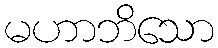
မဟာဘိသော